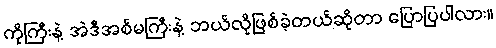
ကိုကြီးနဲ့ အဲဒီအစ်မကြီးနဲ့ ဘယ်လိုဖြစ်ခဲ့တယ်ဆိုတာ ပြောပြပါလား။